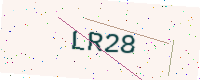
Text: LR28